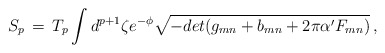
\begin{align*}S_p \, = \, T_p \int d^{p + 1} \zeta e^{- \phi} \sqrt{- det(g_{mn} + b_{mn} + 2 \pi \alpha' F_{mn})}\,,\end{align*}